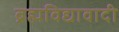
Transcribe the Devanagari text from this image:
ब्रह्मविद्यावादी